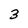
Character: 3